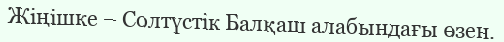
Жіңішке – Солтүстік Балқаш алабындағы өзен.